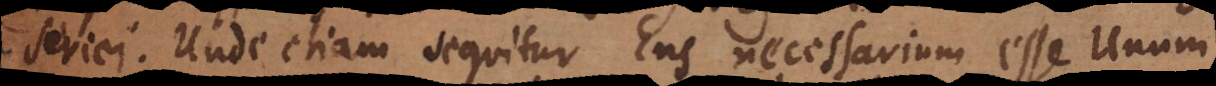
seriei. Unde etiam sequitur Ens necessarium esse Unum